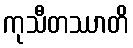
ကုသီတဿာတိ